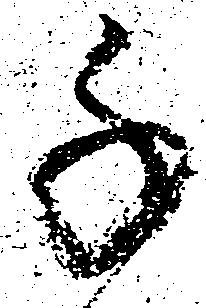
千